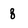
Character: 8